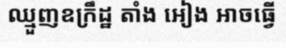
ឈ្មួញឧក្រឹដ្ឋ តាំង អៀង អាចធ្វើ